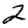
Digit: 2